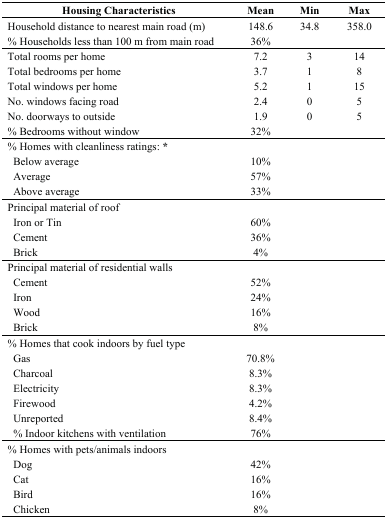
<table><thead><tr><td><b>Housing Characteristics</b></td><td><b>Mean</b></td><td><b>Min</b></td><td><b>Max</b></td></tr></thead><tbody><tr><td>Household distance to nearest main road (m)</td><td>148.6</td><td>34.8</td><td>358.0</td></tr><tr><td>% Households less than 100 m from main road</td><td>36%</td><td></td><td></td></tr><tr><td>Total rooms per home</td><td>7.2</td><td>3</td><td>14</td></tr><tr><td>Total bedrooms per home</td><td>3.7</td><td>1</td><td>8</td></tr><tr><td>Total windows per home</td><td>5.2</td><td>1</td><td>15</td></tr><tr><td>No. windows facing road</td><td>2.4</td><td>0</td><td>5</td></tr><tr><td>No. doorways to outside</td><td>1.9</td><td>0</td><td>5</td></tr><tr><td>% Bedrooms without window</td><td>32%</td><td></td><td></td></tr><tr><td>% Homes with cleanliness ratings: *</td><td></td><td></td><td></td></tr><tr><td>Below average</td><td>10%</td><td></td><td></td></tr><tr><td>Average</td><td>57%</td><td></td><td></td></tr><tr><td>Above average</td><td>33%</td><td></td><td></td></tr><tr><td>Principal material of roof</td><td></td><td></td><td></td></tr><tr><td>Iron or Tin</td><td>60%</td><td></td><td></td></tr><tr><td>Cement</td><td>36%</td><td></td><td></td></tr><tr><td>Brick</td><td>4%</td><td></td><td></td></tr><tr><td>Principal material of residential walls</td><td></td><td></td><td></td></tr><tr><td>Cement</td><td>52%</td><td></td><td></td></tr><tr><td>Iron</td><td>24%</td><td></td><td></td></tr><tr><td>Wood</td><td>16%</td><td></td><td></td></tr><tr><td>Brick</td><td>8%</td><td></td><td></td></tr><tr><td>% Homes that cook indoors by fuel type</td><td></td><td></td><td></td></tr><tr><td>Gas</td><td>70.8%</td><td></td><td></td></tr><tr><td>Charcoal</td><td>8.3%</td><td></td><td></td></tr><tr><td>Electricity</td><td>8.3%</td><td></td><td></td></tr><tr><td>Firewood</td><td>4.2%</td><td></td><td></td></tr><tr><td>Unreported</td><td>8.4%</td><td></td><td></td></tr><tr><td>% Indoor kitchens with ventilation</td><td>76%</td><td></td><td></td></tr><tr><td>% Homes with pets/animals indoors</td><td></td><td></td><td></td></tr><tr><td>Dog</td><td>42%</td><td></td><td></td></tr><tr><td>Cat</td><td>16%</td><td></td><td></td></tr><tr><td>Bird</td><td>16%</td><td></td><td></td></tr><tr><td>Chicken</td><td>8%</td><td></td><td></td></tr></tbody></table>